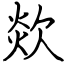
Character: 欻